Civil Veterinary Department Bihar & Orissa reports 1929-36 - 1929-1936
Year: 1929
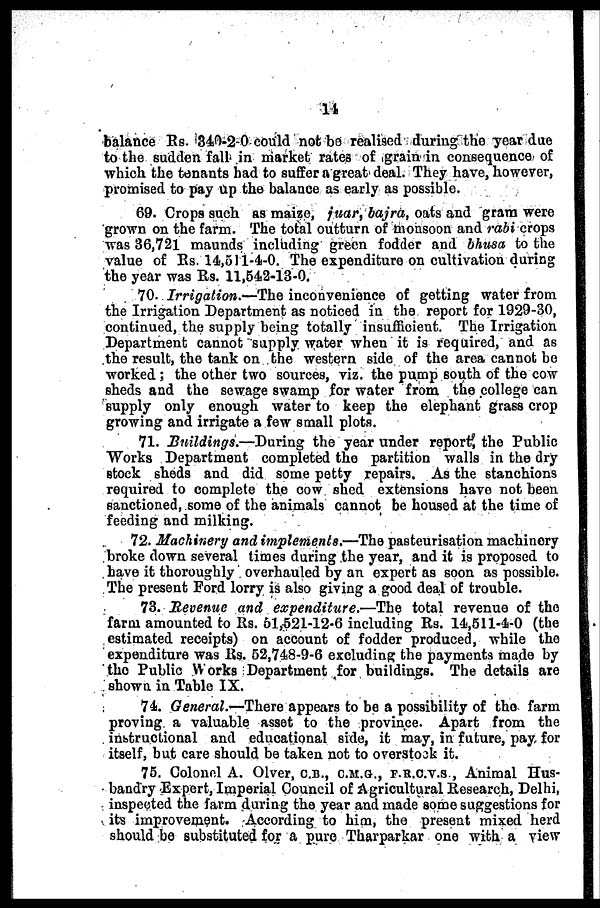
14
balance Rs. 340-2 0 could not be realised during the year duo
to the sudden fall in market rates of grain in consequence of
which the tenants had to suffer a great deal. They have, however,
promised to pay up the balance as early as possible.
69. Crops such as maize, juar, bajra, oats and gram were
grown on the farm. The total outturn of monsoon and rabi crops
was 36,721 maunds including green fodder and bhusa to the
value of Rs. 14,511-4-0. The expenditure on cultivation during
the year was Rs. 11,542-13-0.
70. Irrigation.—The inconvenience of getting water from
the Irrigation Department as noticed in the report for 1929-30,
continued, the supply being totally insufficient. The Irrigation
Department cannot supply water when it is required, and as
the result, the tank on the western side of the area cannot be
worked ; the other two sources, viz. the pump south of the cow
sheds and the sewage swamp for water from the college can
supply only enough water to keep the elephant grass crop
growing and irrigate a few small plots.
71. Buildings.—During
the year under report, the Public
Works Department completed the partition walls in the dry
stock sheds and did some petty repairs. As the stanchions
required to complete the cow shed extensions have not been
sanctioned, some of the animals cannot be housed at the time of
feeding and milking.
72. Machinery and implements.—The pasteurisation machinery
broke down several times during the year, and it is proposed to
have it thoroughly overhauled by an expert as soon as possible.
The present Ford lorry is also giving a good deal of trouble.
73. Revenue and expenditure.—The total revenue of the
farm amounted to Rs. 51,521-12-6 including Rs. 14,511-4-0 (the
estimated receipts) on account of fodder produced, while the
expenditure was Rs. 52,748-9-6 excluding the payments made by
the Public Works Department for buildings. The details are
shown in Table IX.
74. General.—There appears to be a possibility of the farm
proving a valuable asset to the province. Apart from the
instructional and educational side, it may, in future, pay for
itself, but care should be taken not to overstock it.
75. Colonel A. Olver, C.B., C.M.G., F.R.C.V.S., Animal Hus-
bandry Expert, Imperial Council of Agricultural Research, Delhi,
inspected the farm during the year and made some suggestions for
its improvement. According to him, the present mixed herd
should be substituted for a pure Tharparkar one with a view